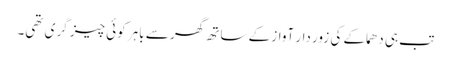
تب ہی دھماکے کی زور دار آواز کے ساتھ گھر سے باہر کوئی چیز گری تھی۔